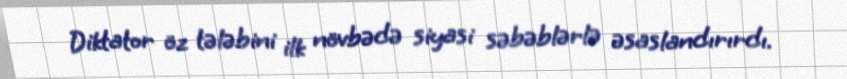
Diktator öz tələbini ilk növbədə siyasi səbəblərlə əsaslandırırdı.